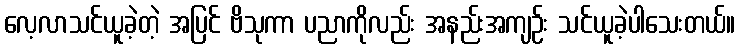
လေ့လာသင်ယူခဲ့တဲ့ အပြင် ဗိသုကာ ပညာကိုလည်း အနည်းအကျဉ်း သင်ယူခဲ့ပါသေးတယ်။